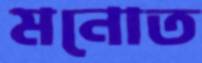
মনোত